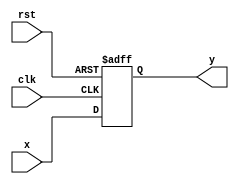
module dff(y,x,clk,rst);
input x,clk,rst;
output reg y;
always@(posedge clk ,negedge rst)
    if (rst==0)y=0;
    else
        y<=x;
endmodule
module problem4(in,out,clk,rst);
input in,clk,rst;
output out;
wire a,b,c;
dff M0(a,in,clk,rst);
dff M1(b,a,clk,rst);
dff M2(c,b,clk,rst);
dff M3(out,c,clk,rst);
endmodule